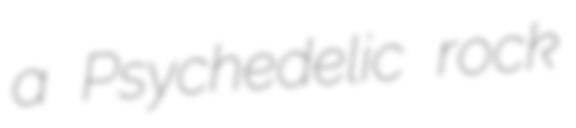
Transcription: a Psychedelic rock